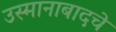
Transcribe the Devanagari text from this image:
उस्मानाबादचे